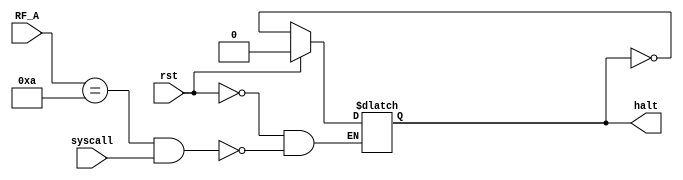
module HALT(RF_A,syscall,rst,halt);
    input [31:0] RF_A;
    input syscall;
    input rst;
    output reg halt;

    initial begin
        halt=0;
    end

    always @(*) begin
        if (rst) begin
            halt<=0;
        end
        else if((RF_A==32'ha)&&syscall) begin
            halt <= ~halt;
        end
    end
endmodule